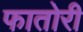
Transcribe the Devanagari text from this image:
फातोरी